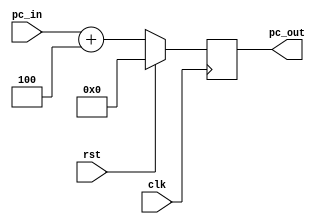
module PC(rst, clk, pc_in, pc_out);
	input clk, rst;
	input [31:0] pc_in;
	output reg [31:0] pc_out;
	
	always @(posedge clk) begin
		if (rst==1) pc_out <= 0;
		else pc_out <= pc_in + 4; // change to pc = pc + 32'd1 if memory is word addressed
	end
endmodule